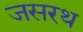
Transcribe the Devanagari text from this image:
जसरथ